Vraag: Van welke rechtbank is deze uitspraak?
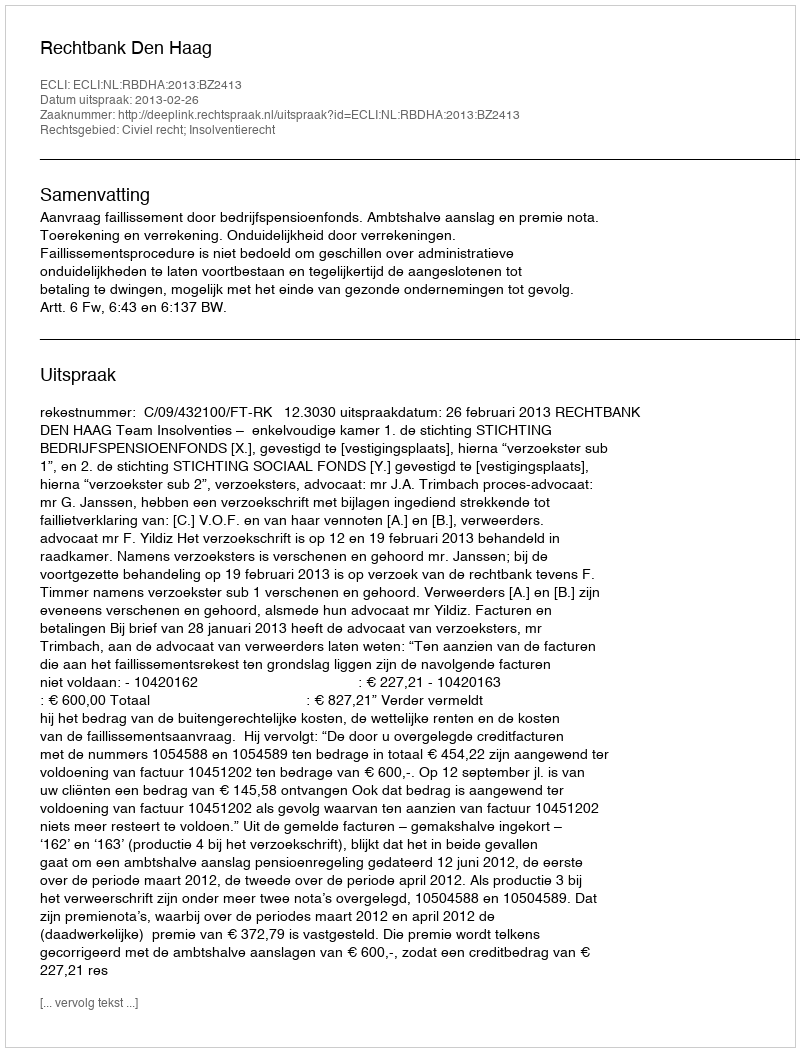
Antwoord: Rechtbank Den Haag